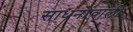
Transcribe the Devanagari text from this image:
साधनोंवाली